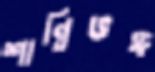
শান্তিভঙ্গ